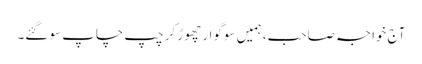
آج خواجہ صاحب، ہمیں سوگوار چھوڑ کر چپ چاپ سو گئے۔